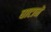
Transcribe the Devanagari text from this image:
घाटानें